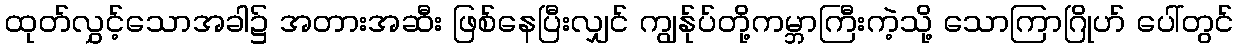
ထုတ်လွှင့်သောအခါ၌ အတားအဆီး ဖြစ်နေပြီးလျှင် ကျွန်ုပ်တို့ကမ္ဘာကြီးကဲ့သို့ သောကြာဂြိုဟ် ပေါ်တွင်